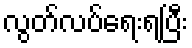
လွတ်လပ်ရေးရပြီး